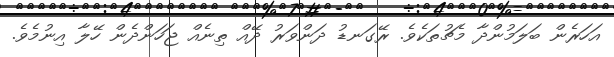
އަހަރެން ބަލަމުންދާ މެޗުތަކެވެ. ރޭގަނޑު ދަންވަރު ދޭއް ތިނެއް ޖަހަންދެން ހޭލާ އިނުމެވެ.